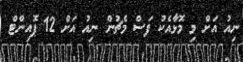
ނިއު އަށް މި މޮޅާއެކު ފަސް މެޗުން ނިއު އަށް 12 ޕޮއިންޓް